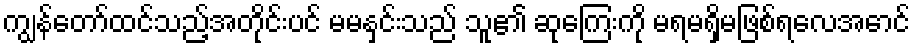
ကျွန်တော်ထင်သည့်အတိုင်းပင် မမနှင်းသည် သူ၏ ဆုကြေးကို မရမရှိမဖြစ်ရလေအောင်